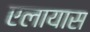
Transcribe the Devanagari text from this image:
एलायास